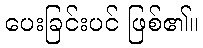
ပေးခြင်းပင် ဖြစ်၏။